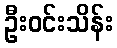
ဦးဝင်းသိန်း